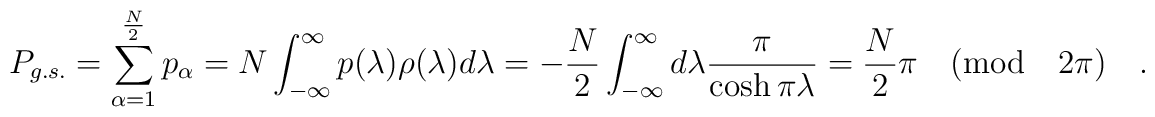
P_{g.s.}=\sum_{\alpha=1}^{\frac{N}{2}}p_{\alpha}=N\int_{-\infty}^{\infty}p(\lambda)\rho(\lambda)d\lambda=-\frac{N}{2}\int_{-\infty}^{\infty}d\lambda\frac{\pi}{\cosh\pi\lambda}=\frac{N}{2}\pi\quad ({\rm mod}\quad 2\pi)\quad .